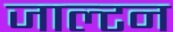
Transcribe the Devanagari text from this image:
जाल्‍टन